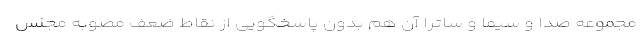
مجموعه صدا و سیما و ساترا آن هم بدون پاسخگویی از نقاط ضعف مصوبه مجلس